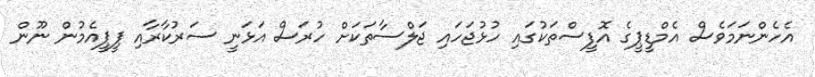
އެހެންނަމަވެސް އެމްޑީޕީގެ އޮފީސްތަކުގައި ހުޅުޖަހައި ޖަލްސާތަކަށް ހުރަސް އަޅަނީ ސަރުކާރާއި ޕީޕީއެމުން ނޫން